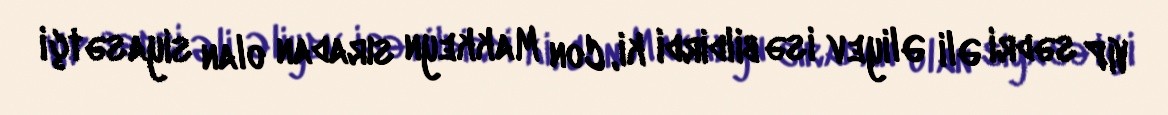
VİP sədri Əli Əliyev isə bildirdi ki, Con Makkeyn sıradan olan siyasətçi